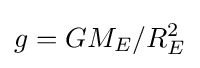
g=GM_{E}/R_{E}^{2}